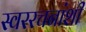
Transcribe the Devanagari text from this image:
स्वररचनांशी